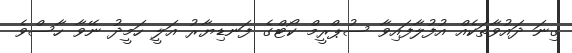
ގިނަ ދައުވާތަކެއް އުފުލާފައިވާ ސުޕްރީމް ކޯޓްގެ ފަނޑިޔާރު އަލީ ހަމީދު ނޭވާ ހާސްވެ